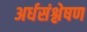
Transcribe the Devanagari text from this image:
अर्धसंश्लेषण